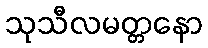
သုသီလမတ္တနော